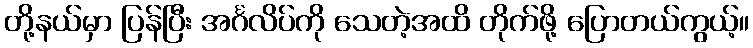
တို့နယ်မှာ ပြန်ပြီး အင်္ဂလိပ်ကို သေတဲ့အထိ တိုက်ဖို့ ပြောတယ်ကွယ့်။